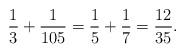
LaTeX: \begin{align*}\frac{1}{3} + \frac{1}{105} = \frac{1}{5} + \frac{1}{7} = \frac{12}{35 }. \end{align*}